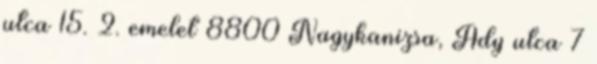
utca 15. 2. emelet 8800 Nagykanizsa, Ady utca 7